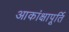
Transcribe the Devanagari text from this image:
आकांक्षापूर्ति